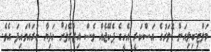
މަލްޓި-ބިލިއަން ޑޮލަރުގެ އަސްކަރީ އެހީގެ ޕެކޭޖެއް ވެސް އިޒްރޭލަށް ހަދިޔާ ކުރައްވައިފަ އެވެ.